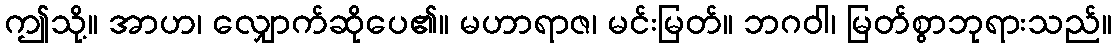
ဤသို့။ အာဟ၊ လျှောက်ဆိုပေ၏။ မဟာရာဇ၊ မင်းမြတ်။ ဘဂဝါ၊ မြတ်စွာဘုရားသည်။